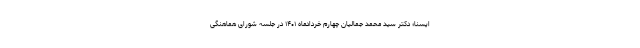
ایسنا؛ دکتر سید محمد جمالیان چهارم خردادماه ۱۴۰۱ در جلسه شورای هماهنگی